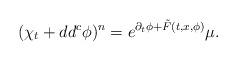
LaTeX: \begin{align*}(\chi_t+dd^c \phi)^n=e^{\partial_t\phi+\tilde{F}(t,x,\phi) }\mu.\end{align*}